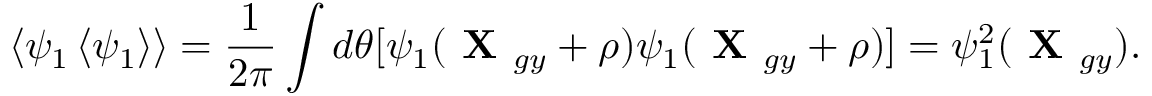
\left\langle \psi _ { 1 } \left\langle \psi _ { 1 } \right\rangle \right\rangle = \frac { 1 } { 2 \pi } \int d \theta [ \psi _ { 1 } ( \textbf { X } _ { g y } + \boldsymbol { \rho } ) \psi _ { 1 } ( \textbf { X } _ { g y } + \boldsymbol { \rho } ) ] = \psi _ { 1 } ^ { 2 } ( \textbf { X } _ { g y } ) .